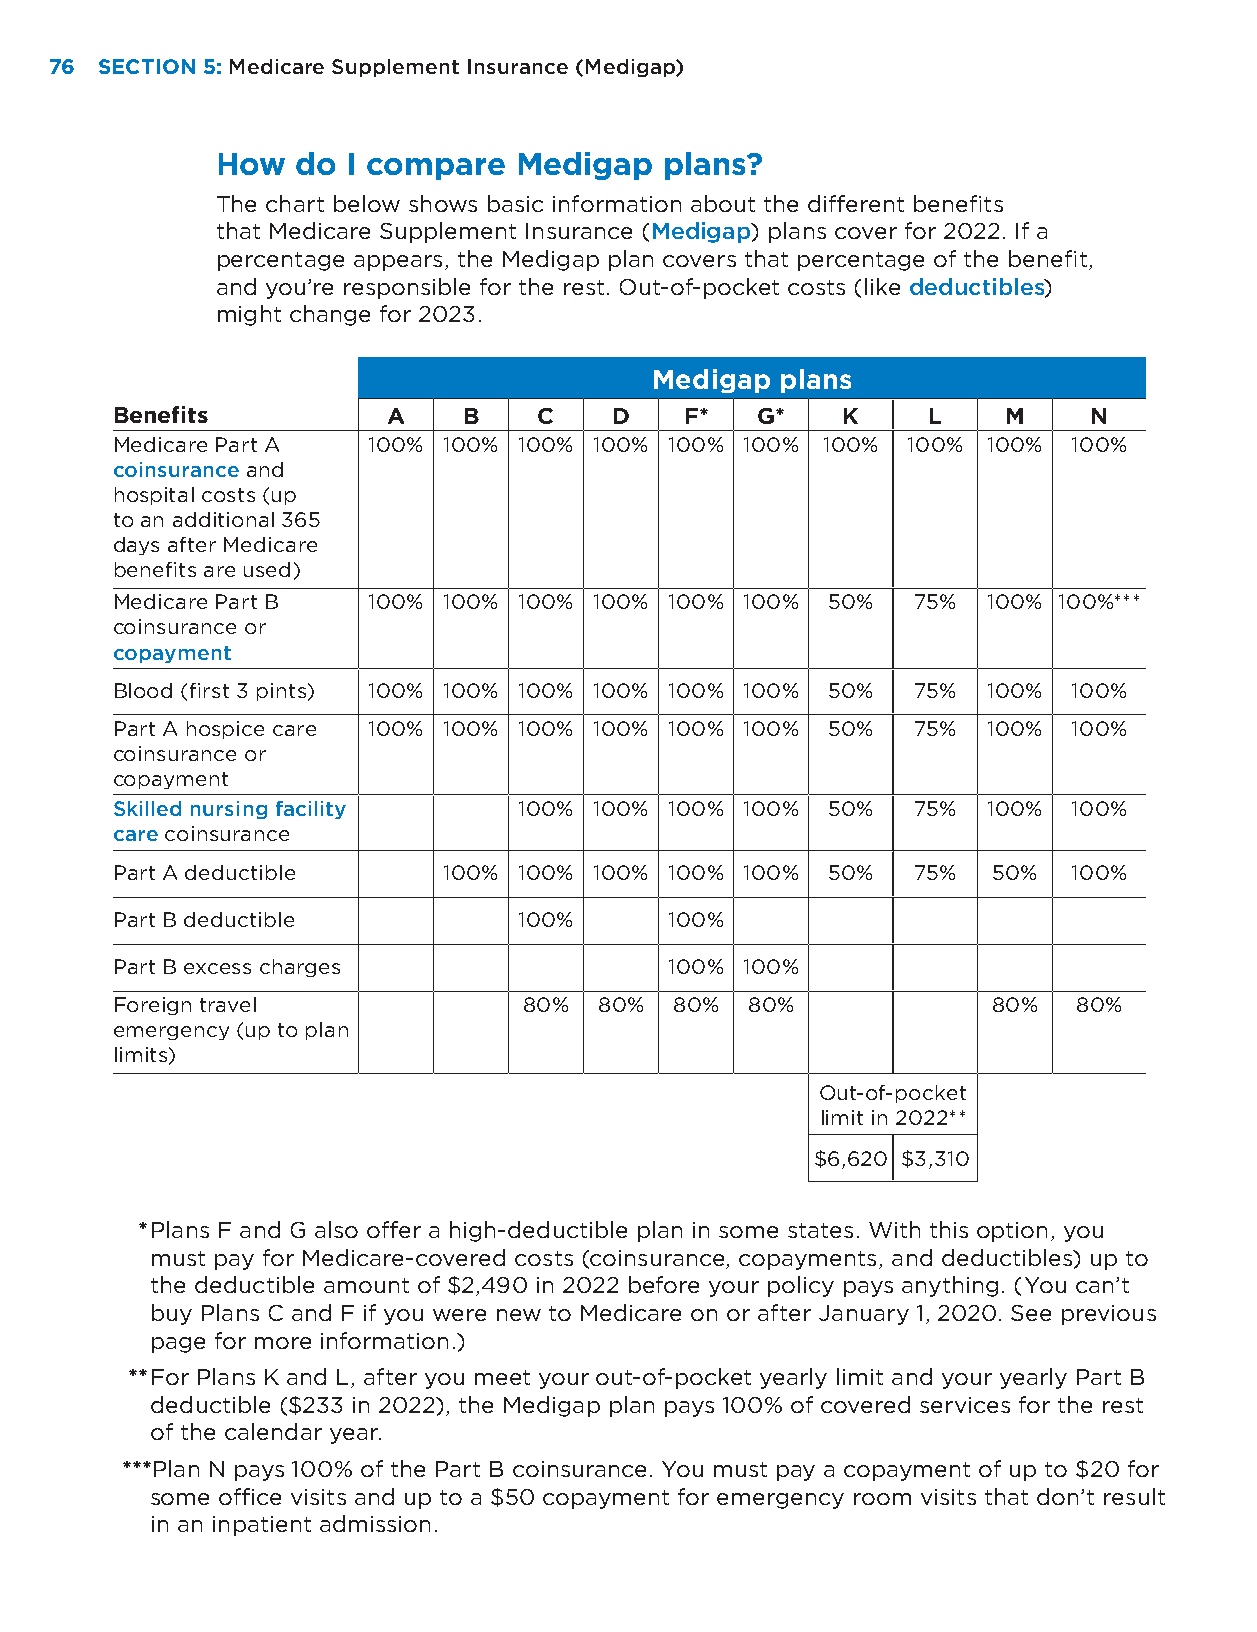
76 SECTION 5: Medicare Supplement Insurance (Medigap)
 How   do I compare  Medigap   plans?
 The chart below shows basic information about the different benefits
 that Medicare Supplement Insurance (Medigap) plans cover for 2022. If a
 percentage appears, the Medigap plan covers that percentage of the benefit,
 and you’re responsible for the rest. Out-of-pocket costs (like deductibles)
 might change for 2023.
 Medigap  plans
 Benefits           A    B    C   D    F*   G*    K    L    M     N
 Medicare Part A  100% 100% 100% 100% 100% 100% 100%  100% 100%  100%
 coinsurance and
 hospital costs (up
 to an additional 365
 days after Medicare
 benefits are used)
 Medicare Part B  100% 100% 100% 100% 100% 100%  50%  75%  100% 100%***
 coinsurance or
 copayment
 Blood (first 3 pints) 100% 100% 100% 100% 100% 100% 50% 75% 100% 100%
 Part A hospice care 100% 100% 100% 100% 100% 100% 50% 75% 100%  100%
 coinsurance or
 copayment
 Skilled nursing facility   100% 100% 100% 100%  50%  75%  100%  100%
 care coinsurance
 Part A deductible     100% 100% 100% 100% 100%  50%  75%   50%  100%
 Part B deductible          100%      100%
 Part B excess charges                100% 100%
 Foreign travel              80%  80%  80% 80%              80%  80%
 emergency (up to plan
 limits)
 Out-of-pocket
 limit in 2022**
 $6,620 $3,310
 * Plans F and G also offer a high-deductible plan in some states. With this option, you
 must pay for Medicare-covered costs (coinsurance, copayments, and deductibles) up to
 the deductible amount of $2,490 in 2022 before your policy pays anything. (You can’t
 buy Plans C and F if you were new to Medicare on or after January 1, 2020. See previous
 page for more information.)
 ** For Plans K and L, after you meet your out-of-pocket yearly limit and your yearly Part B
 deductible ($233 in 2022), the Medigap plan pays 100% of covered services for the rest
 of the calendar year.
 ***Plan N pays 100% of the Part B coinsurance. You must pay a copayment of up to $20 for
 some office visits and up to a $50 copayment for emergency room visits that don’t result
 in an inpatient admission.